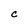
Character: c